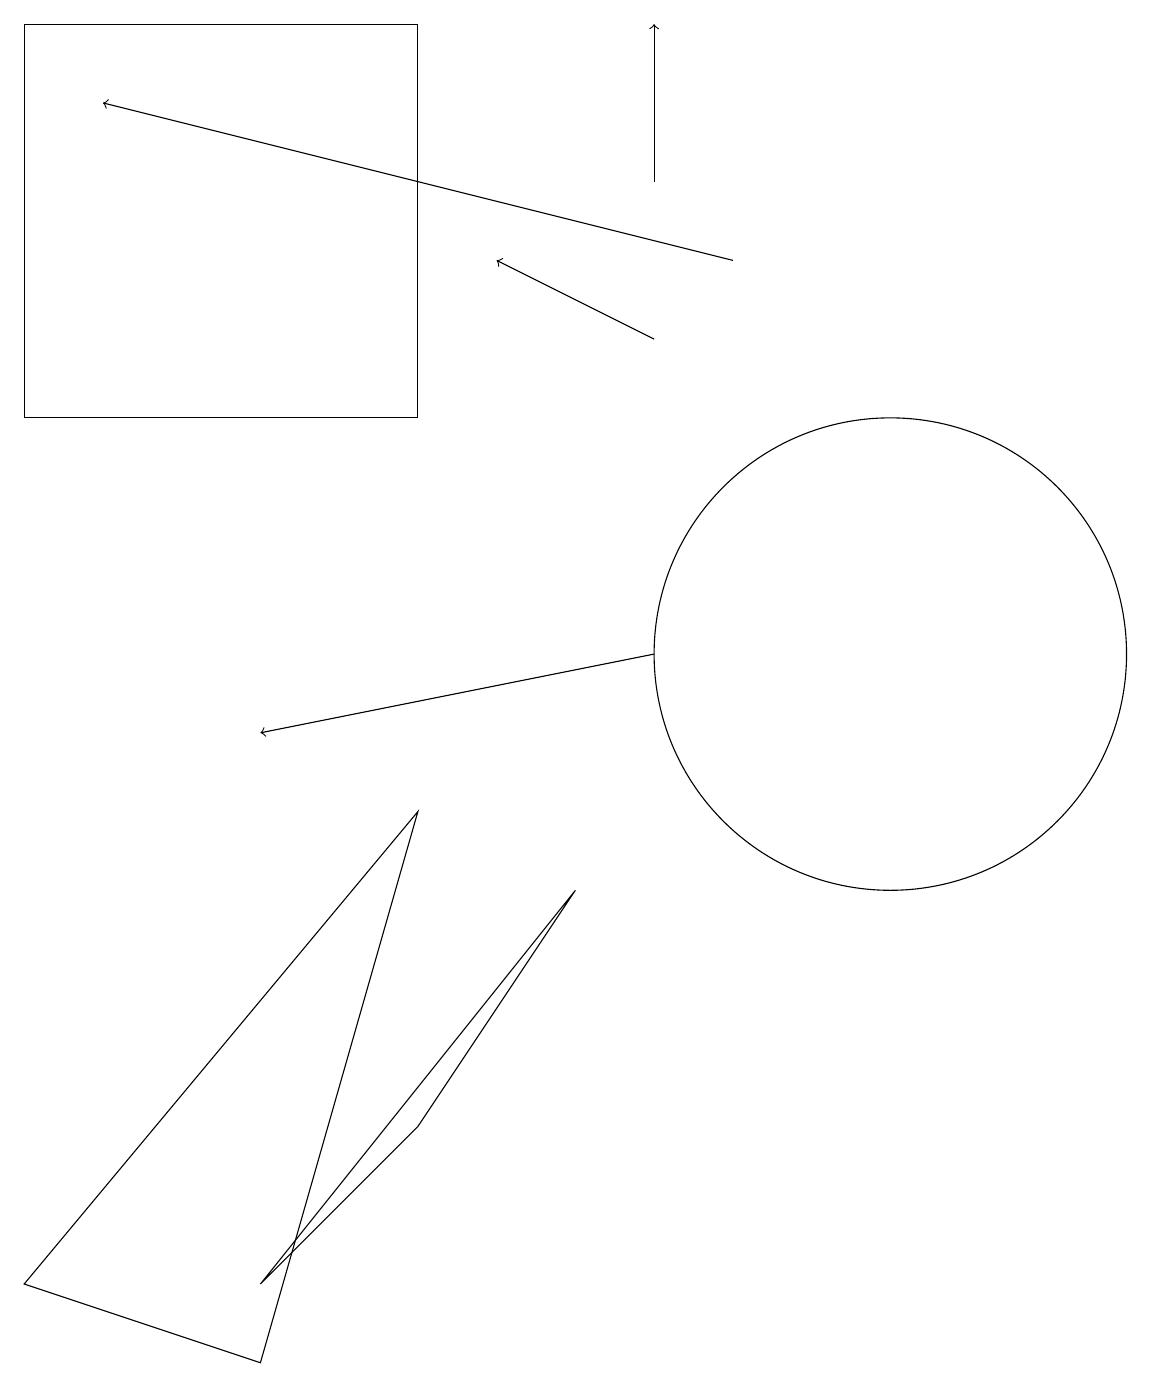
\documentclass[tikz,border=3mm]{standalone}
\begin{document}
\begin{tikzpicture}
\draw[->] (8,11) -- (3,10);
\draw (5,5) -- (7,8) -- (3,3) -- cycle;
\draw (11,11) circle (3);
\draw[->] (8,17) -- (8,19);
\draw (0,3) -- (5,9) -- (3,2) -- cycle;
\draw[->] (9,16) -- (1,18);
\draw[->] (8,15) -- (6,16);
\draw (5,14) rectangle (0,19);
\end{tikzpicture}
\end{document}